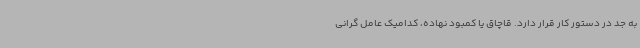
به جد در دستور کار قرار دارد. قاچاق یا کمبود نهاده، کدامیک عامل گرانی